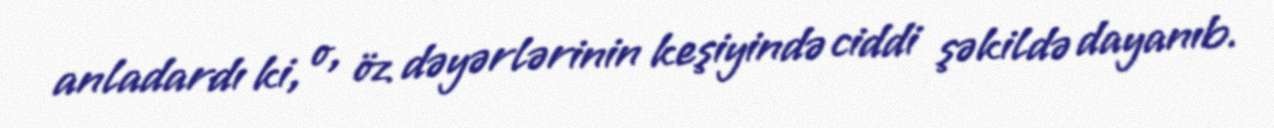
anladardı ki, o, öz dəyərlərinin keşiyində ciddi şəkildə dayanıb.